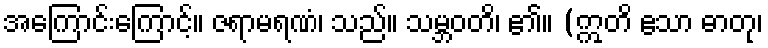
အကြောင်းကြောင့်။ ဇရာမရဏံ၊ သည်။ သမ္ဘဝတိ၊ ၏။ (ဣတိ ဧသာ ဓာတု၊